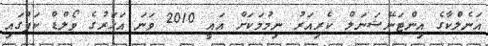
އަނެލްކާގެ އިންޓަނޭޝަނަލް ކެރިއަރު ނިމުމަކަށް އައީ 2010 ވަނަ އަހަރުގެ ވޯލްޑް ކަޕްގައި